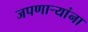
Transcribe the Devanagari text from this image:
जपणाऱ्यांना